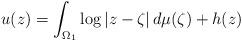
LaTeX: \begin{align*}u(z) = \int_{\Omega_1} \log|z-\zeta|\,d\mu(\zeta) + h(z)\end{align*}